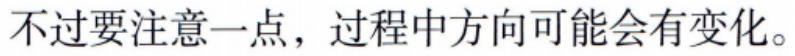
不过要注意一点，过程中方向可能会有变化。